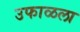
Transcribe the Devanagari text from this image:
उफाळला